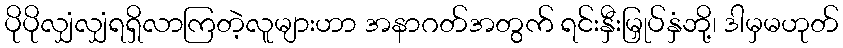
ပိုပိုလျှံလျှံရရှိလာကြတဲ့လူများဟာ အနာဂတ်အတွက် ရင်းနှီးမြှုပ်နှံဘို့၊ ဒါမှမဟုတ်